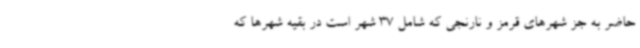
حاضر به جز شهرهای قرمز و نارنجی که شامل 37 شهر است در بقیه شهرها که